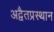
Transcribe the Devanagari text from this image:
अद्वैतप्रस्थान